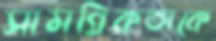
সামগ্রিকতাকে